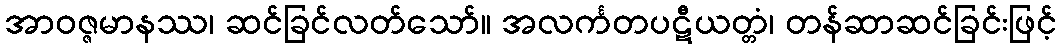
အာဝဇ္ဇမာနဿ၊ ဆင်ခြင်လတ်သော်။ အလင်္ကတပဋီယတ္တံ၊ တန်ဆာဆင်ခြင်းဖြင့်